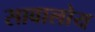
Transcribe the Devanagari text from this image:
सावालोय